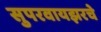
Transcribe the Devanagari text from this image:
सुपरवायझरचे